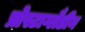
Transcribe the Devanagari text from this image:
प्रोस्टाग्लैडीन